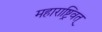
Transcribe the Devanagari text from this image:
महाराष्ट्रिवत्